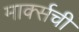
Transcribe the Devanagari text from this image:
मार्क्‍सची